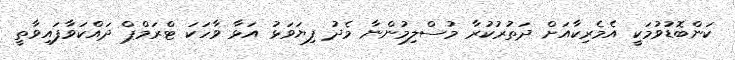
ކަންބޮޑުވުމަކީ އެމެރިކާއަށް ދަތުރުކުރާ މުސްލިމުންނާ މެދު ފިޔަވަޅު އަޅާ ވާހަކަ ޓްރަމްޕް ދައްކަވާފައިވާތީ